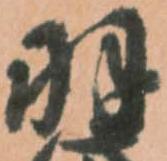
羽